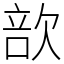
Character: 㰴